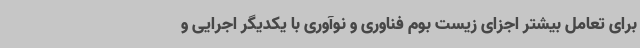
برای تعامل بیشتر اجزای زیست بوم فناوری و نوآوری با یکدیگر اجرایی و